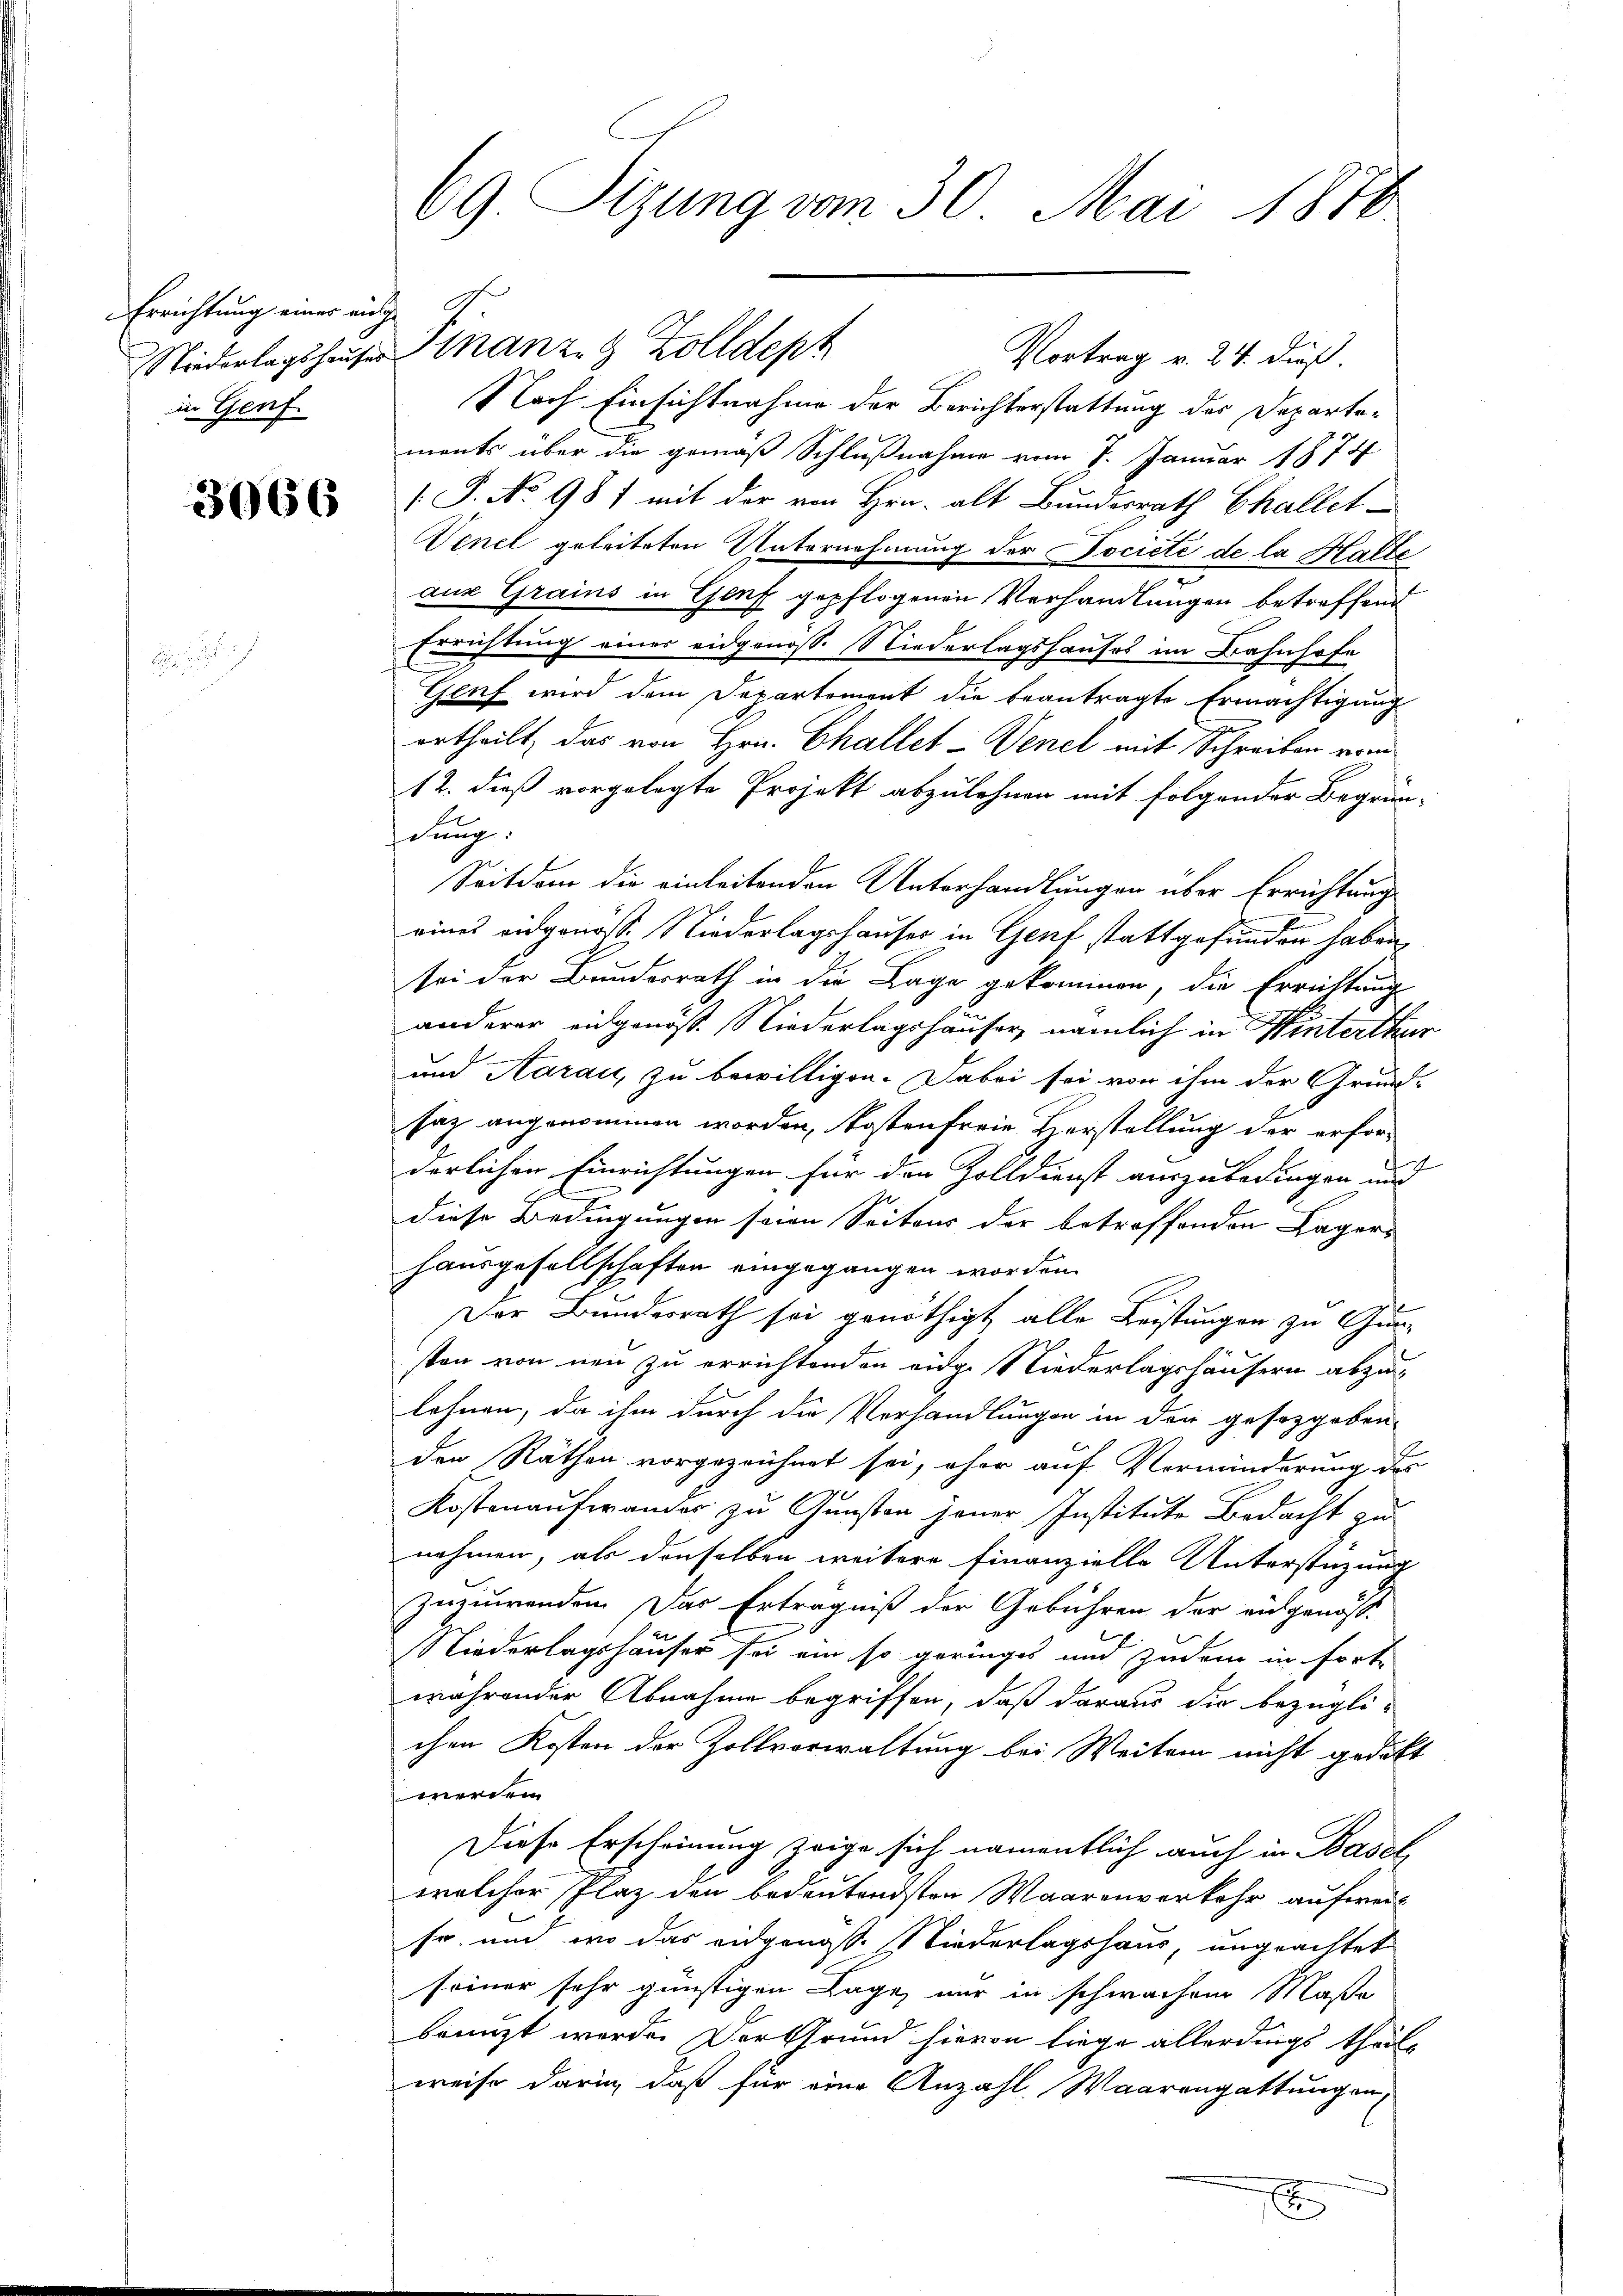
Errichtung einer ange
in Genf

3066

69 Sizung vom 30. Mai 1870

Vortrag v. 24. dieß.
Nach Einsichtnahme der Berichterstattung des Departements über die gemäß Schlußnahme vom 7. Januar 1874.
 P. No 98) mit der von Hrn. alt Bundesrath Challet
Wenel geleiteten Unternehmung der ocieté de la Halte
aus Grains in Genf gepflogenen Verhandlungen betreffend
Errichtung einer eidgenoss. Niederlagshauses im Bahnhofe
Genf wird dem Departement die beantragte Ermächtigung
ortheilt, das von Hrn. Challet-Venel mit Schreiben vom
12. dieß vorgelegte Projekt abzulehnen mit folgender Begrün-
dung
Seitdem die einleitenden Unterhandlungen über Errichtung
eines eidgenosse Niederlagshauser in Genf stattgefunden haben,
sei der Bundesrath in die Lage gekommen, die Errichtung
anderer eidgenöß. Niederlagshäuser, nämlich in Hinterthur
und Aarau, zu bewilligen. Dabei sei von ihm der Grund-
saz angenommen worden, kostenfreie Herstellung der erfor-
derlichen Einrichtungen für den Zolldienst auszubedingen und
diese Bedingungen seien Seitens der betreffenden Lagers
Hausgesellschaften eingegangen worden.
Der Bundesrath sei genöthigt alle Leistungen zu Gunsten von neu zu errichtenden eidge Niederlagshäusern abzulehnen, da ihm durch die Verhandlungen in der gesezgeben
den Räthen vorgezeichnet sei, ohne auf Verminderung des
Kostenaufwander zu Gunsten jener Institute Bedacht zu
nehmen, als denselben weitere Finanzielle Unterstüzung
zuzuwenden. Das Erträgniß der Gebühren der eidgenöss
Niederlagshäuser sei ein so geringes und zudem in fortwährender Abnahme begriffen, daß daraus die bezügli-
chen Kosten der Zollvorwaltung bei Weiten nicht gedikt
werden.
Diese Erscheinung zeige sich namentlich auch in Basel,
welcher Plaz den bedeutendsten Waarenverkehr aufweise, und wo das eidgenöss. Niederlagshaus, ungeachtet
seiner sehr günstigen Lage nur in schwachem Maße
bringt werde. Der Grund hievon liege allerdings theilweise darin, daß für eine Anzahl, Waarengattungen,
E

Niederlagshauser Finanze 9 Zolldept